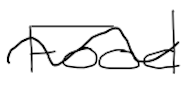
Text: Food
Cross-out: wave
Writing tool: digital_black